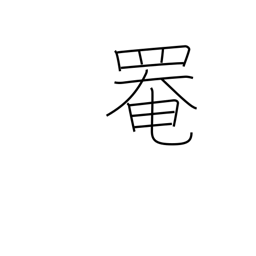
Meaning: cover